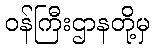
ဝန်ကြီးဌာနတို့မှ